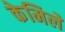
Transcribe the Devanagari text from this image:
केमिले